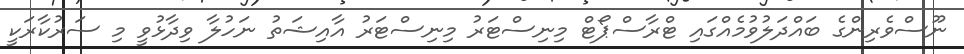
ނޫސްވެރިންގެ ބައްދަލުވުމެއްގައި ޓްރާސްޕޯޓް މިނިސްޓަރު މިނިސްޓަރު އާއިޝަތު ނަހުލާ ވިދާޅުވީ މި ސަރުކާރަކީ